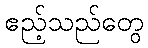
ဧည့်သည်တွေ